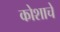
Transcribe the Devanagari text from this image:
कोशाचें